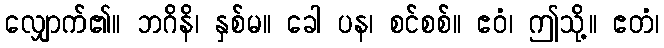
လျှောက်၏။ ဘဂိနိ၊ နှစ်မ။ ခေါ ပန၊ စင်စစ်။ ဧဝံ၊ ဤသို့။ ဧတံ၊